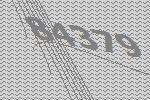
84379